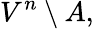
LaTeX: V^{n}\setminus A,